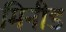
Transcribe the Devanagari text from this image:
मिनीड